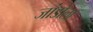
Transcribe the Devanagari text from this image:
जांडोला